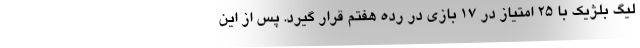
لیگ بلژیک با 25 امتیاز در 17 بازی در رده هفتم قرار گیرد. پس از این